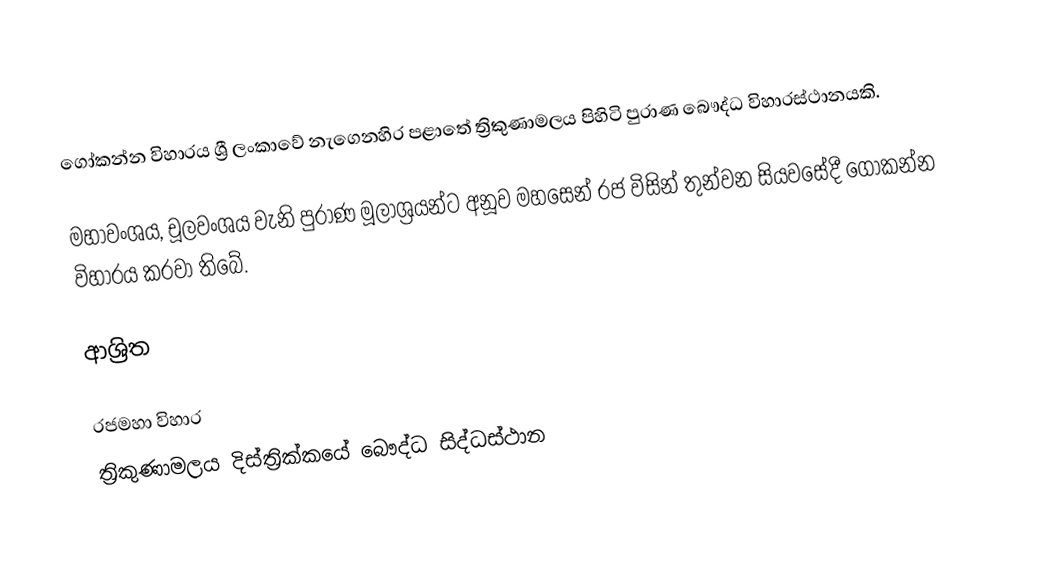
ගෝකන්න විහාරය ශ්‍රී ලංකාවේ නැගෙනහිර පළාතේ ත්‍රිකුණාමලය පිහිටි පුරාණ බෞද්ධ විහාරස්ථානයකි.

මහාවංශය, චූලවංශය වැනි පුරාණ මූලාශ්‍රයන්ට අනූව මහසෙන් රජ විසින් තුන්වන සියවසේදී ගෝකන්න විහාරය කරවා තිබේ.

ආශ්‍රිත

රජමහා විහාර
ත්‍රිකුණාමලය දිස්ත්‍රික්කයේ බෞද්ධ සිද්ධස්ථාන‎